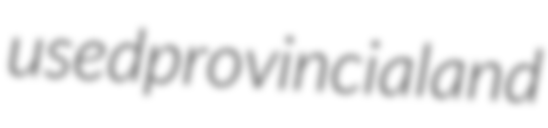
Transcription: used provincial and